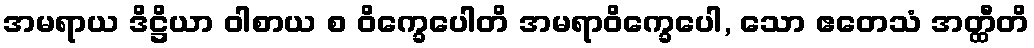
အမရာယ ဒိဋ္ဌိယာ ဝါစာယ စ ဝိက္ခေပေါတိ အမရာဝိက္ခေပေါ, သော ဧတေသံ အတ္ထီတိ